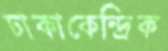
ঢাকাকেন্দ্রিক